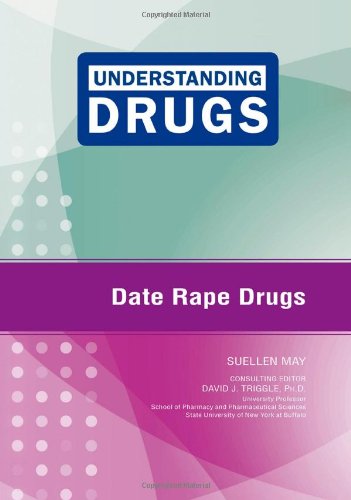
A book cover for Date Rape Drugs (Understanding Drugs); Suellen May; Teen & Young Adult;